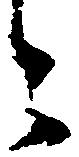
々